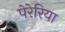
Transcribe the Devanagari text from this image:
पेरेरिया